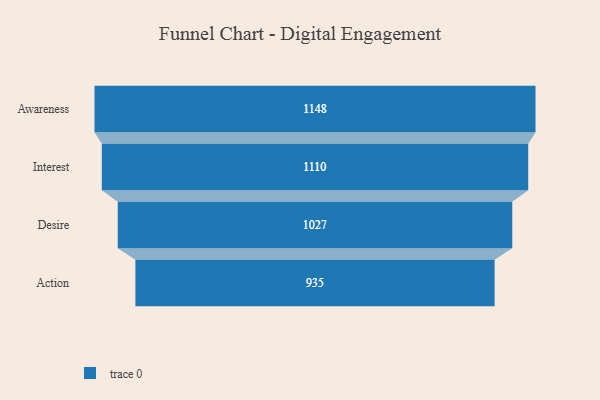
{"axis": {"x": "Stage", "y": "Value"}, "legend": [""], "data": [{"x": "Awareness", "y": 1148.0, "type": ""}, {"x": "Interest", "y": 1110.0, "type": ""}, {"x": "Desire", "y": 1027.0, "type": ""}, {"x": "Action", "y": 935.0, "type": ""}]}